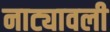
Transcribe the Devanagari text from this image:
नाट्यावली